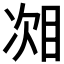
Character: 𬅧